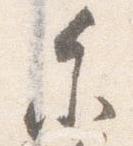
参